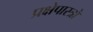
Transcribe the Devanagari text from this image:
प्रक्षेपास्त्रो